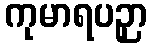
ကုမာရပဉှာ